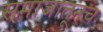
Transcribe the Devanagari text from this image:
समाजातूनच